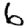
Digit: 6